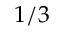
1 / 3